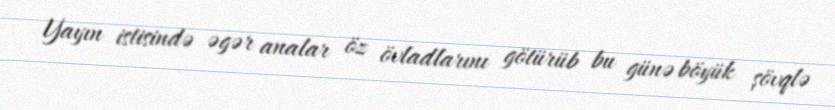
Yayın istisində əgər analar öz övladlarını götürüb bu günə böyük şövqlə